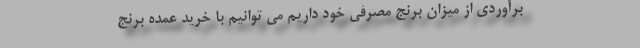
برآوردی از میزان برنج مصرفی خود داریم می توانیم با خرید عمده برنج